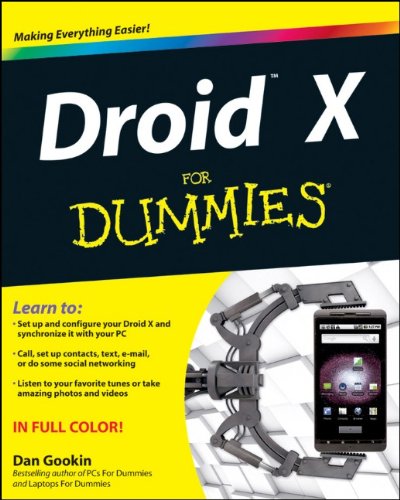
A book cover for Droid X For Dummies; Dan Gookin; Computers & Technology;